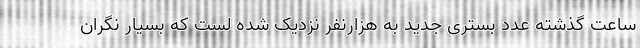
ساعت گذشته عدد بستری جدید به هزارنفر نزدیک شده لست که بسیار نگران